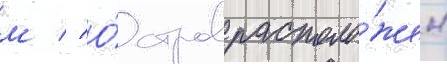
м // О́стров располо́жен